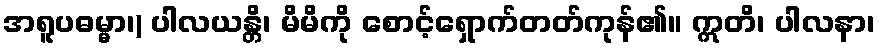
အရူပဓမ္မာ၊) ပါလယန္တိ၊ မိမိကို စောင့်ရှောက်တတ်ကုန်၏။ ဣတိ၊ ပါလနာ၊